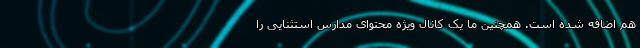
هم اضافه شده است. همچنین ما یک کانال ویژه محتوای مدارس استثنایی را